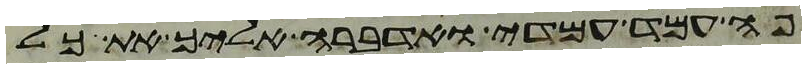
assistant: פה עמד עמדי ואדברה אליך את כל